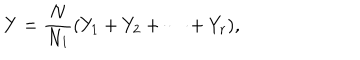
LaTeX: Y = { \frac { N } { N _ { 1 } } } ( Y _ { 1 } + Y _ { 2 } + \cdots + Y _ { r } ) ,